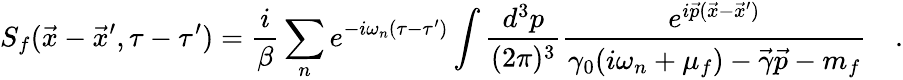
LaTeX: S_{f}(\vec{x}-\vec{x}^{\prime},\tau-\tau^{\prime})=\frac{i}{\beta}\sum_{n}e^{-i\omega_{n}(\tau-\tau^{\prime})}\int\frac{d^{3}p}{(2\pi)^{3}}\frac{e^{i\vec{p}(\vec{x}-\vec{x}^{\prime})}}{\gamma_{0}(i\omega_{n}+\mu_{f})-\vec{\gamma}\vec{p}-m_{f}}\quad.